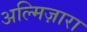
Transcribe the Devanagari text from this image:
अल्मिज़ारा